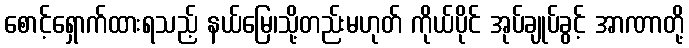
စောင့်ရှောက်ထားရသည့် နယ်မြေ၊သို့တည်းမဟုတ် ကိုယ်ပိုင် အုပ်ချုပ်ခွင့် အာဏာတို့